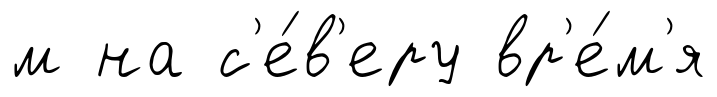
м на с'е́в'еру вр'е́м'я